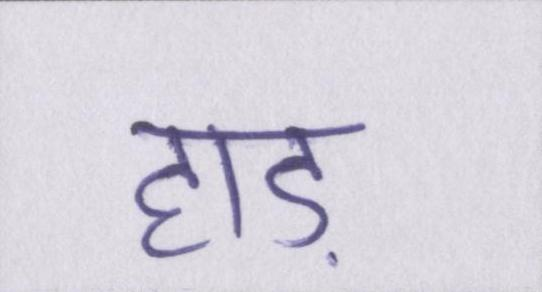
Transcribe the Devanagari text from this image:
हाड़